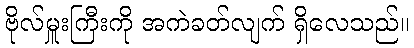
ဗိုလ်မှူးကြီးကို အကဲခတ်လျက် ရှိလေသည်။